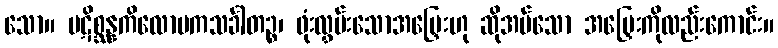
သော။ ပဋိစ္ဆန္နကိလောမကသင်္ခါတဉ္စ၊ ဖုံးလွှမ်းသောအမြှေးဟု ဆိုအပ်သော အမြှေးကိုလည်းကောင်း။